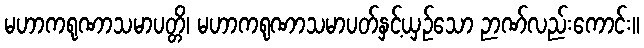
မဟာကရုဏာသမာပတ္တိ၊ မဟာကရုဏာသမာပတ်နှင့်ယှဉ်သော ဉာဏ်လည်းကောင်း။